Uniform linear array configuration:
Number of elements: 12
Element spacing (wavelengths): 0.75
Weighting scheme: uniform
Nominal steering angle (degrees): -30
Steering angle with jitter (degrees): -29.317
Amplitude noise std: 0.05
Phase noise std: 0.05

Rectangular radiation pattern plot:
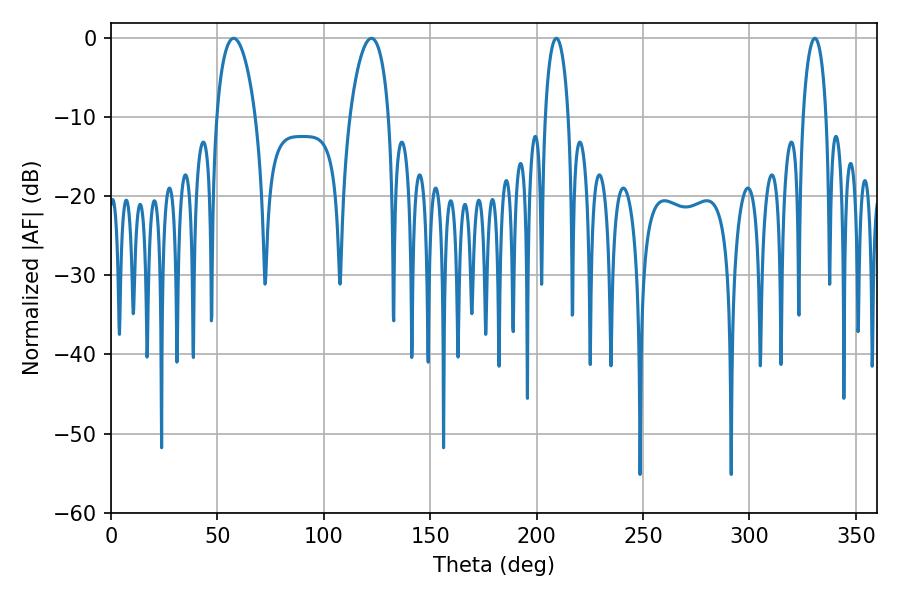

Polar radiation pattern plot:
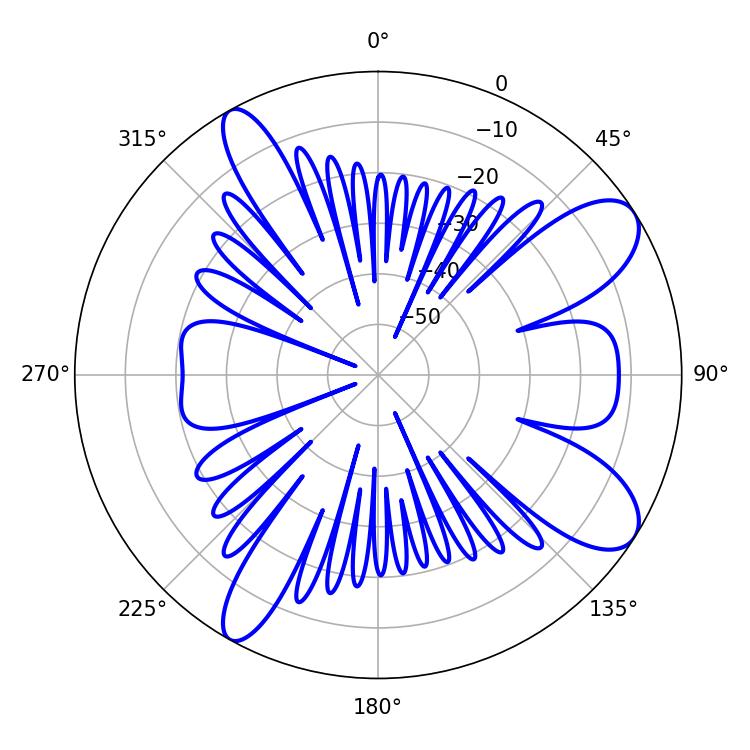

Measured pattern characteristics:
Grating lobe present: TRUE
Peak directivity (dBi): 9.485
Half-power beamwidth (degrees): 10.44
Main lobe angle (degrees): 57.6